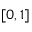
[ 0 , 1 ]